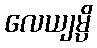
လေယျမ္ပိ